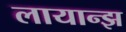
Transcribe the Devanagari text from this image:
लायान्झ